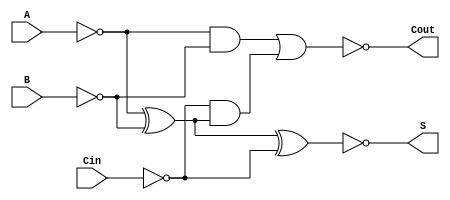
module NegativeCircuitFullAdder (
    input wire A,    // First binary input
    input wire B,    // Second binary input
    input wire Cin,  // Carry-in input
    output wire S,   // Sum output
    output wire Cout  // Carry-out output
);

// Internal signals for inverted inputs
wire A_inv;
wire B_inv;
wire Cin_inv;
wire sum_temp;
wire carry_temp1;
wire carry_temp2;

// Invert the inputs for negative logic
assign A_inv = ~A;
assign B_inv = ~B;
assign Cin_inv = ~Cin;

// Calculate the intermediate sum using XOR gates
assign sum_temp = A_inv ^ B_inv ^ Cin_inv;

// Inverted sum output (negative logic)
assign S = ~sum_temp;

// Calculate carry-out using AND and OR gates
assign carry_temp1 = A_inv & B_inv; // A' AND B'
assign carry_temp2 = Cin_inv & (A_inv ^ B_inv); // Cin' AND (A' XOR B')
assign Cout = ~(carry_temp1 | carry_temp2); // Inverted carry-out

endmodule